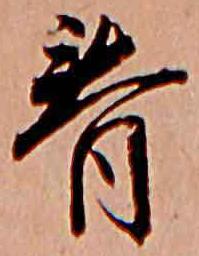
春